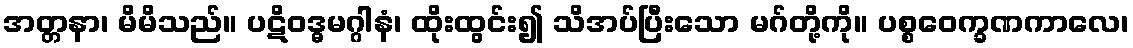
အတ္တနာ၊ မိမိသည်။ ပဋိဝဒ္ဓမဂ္ဂါနံ၊ ထိုးထွင်း၍ သိအပ်ပြီးသော မဂ်တို့ကို။ ပစ္စဝေက္ခဏကာလေ၊